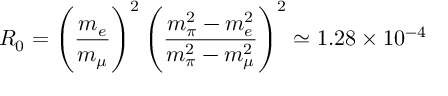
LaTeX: R _ { 0 } = \left( { \frac { m _ { e } } { m _ { \mu } } } \right) ^ { 2 } \left( { \frac { m _ { \pi } ^ { 2 } - m _ { e } ^ { 2 } } { m _ { \pi } ^ { 2 } - m _ { \mu } ^ { 2 } } } \right) ^ { 2 } \simeq 1 . 2 8 \times 1 0 ^ { - 4 }